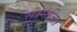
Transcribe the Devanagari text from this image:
सम्मजित